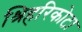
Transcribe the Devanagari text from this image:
श्रिहरिकोटा